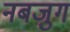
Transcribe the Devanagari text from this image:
नबजुग